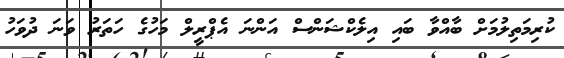
ކުރިމަތިލުމަށް ބާއްވާ ބައި އިލެކްޝަންސް އަންނަ އެޕްރީލް މަހުގެ ހަަތަރު ވަނަ ދުވަހު